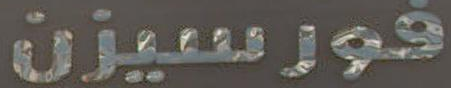
فورسيزن